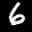
Label: 6